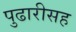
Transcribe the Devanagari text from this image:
पुढारीसह